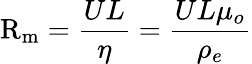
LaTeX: \mathrm{R}_{\mathrm{m}}={\frac{UL}{\eta}}={\frac{UL\mu_{o}}{\rho_{e}}}